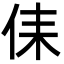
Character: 㑍